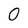
Character: 0